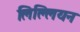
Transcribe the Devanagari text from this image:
लिल्लियन